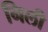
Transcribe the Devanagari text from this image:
निली